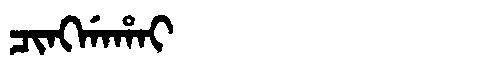
Manchu: ᠴᡳᠩᡤᠠᡥᠠᡳ
Romanization: CINGGAHAI